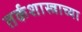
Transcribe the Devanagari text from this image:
तर्कशास्त्राच्या